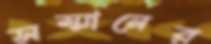
সম্মানের